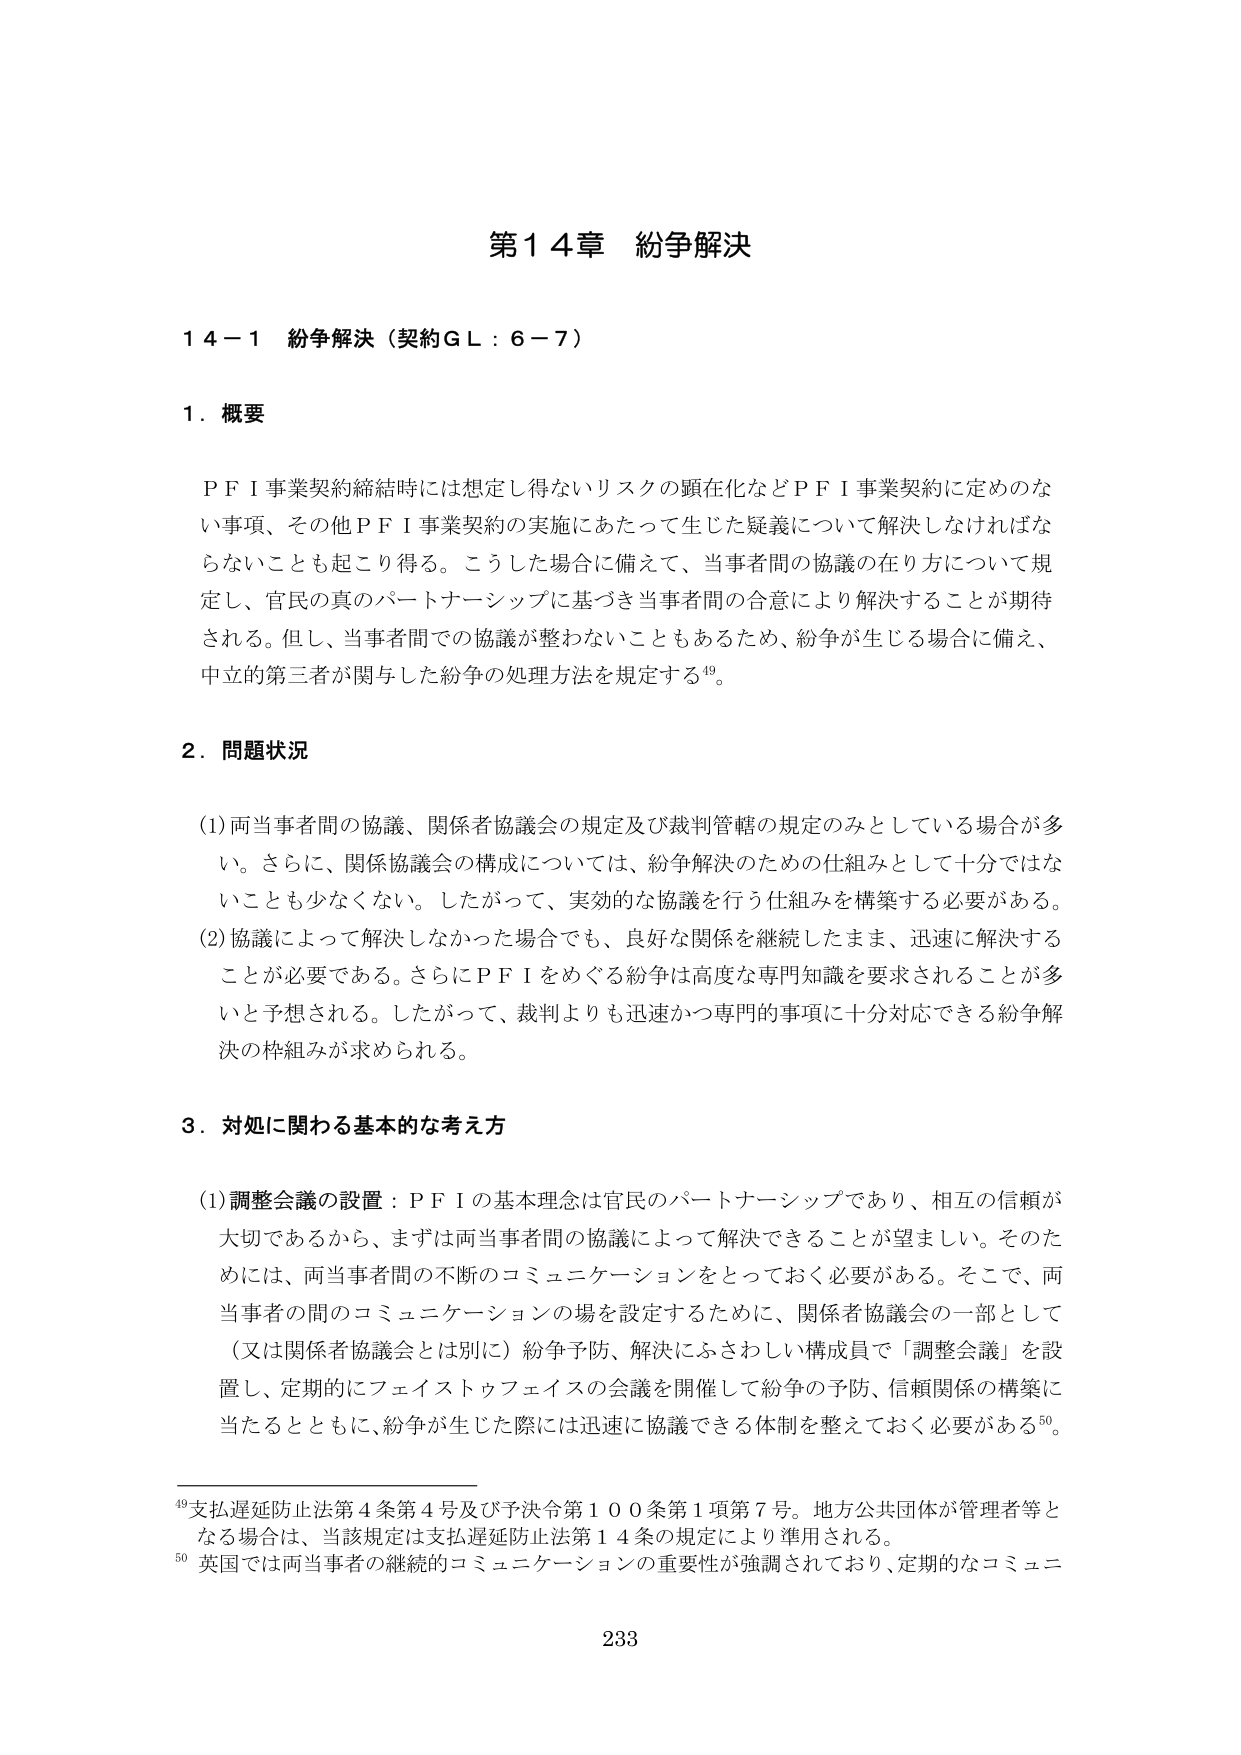
第１４章 紛争解決

１４－１ 紛争解決（契約ＧＬ：６－７）

１．概要

ＰＦＩ事業契約締結時には想定し得ないリスクの顕在化などＰＦＩ事業契約に定めのない事項、その他ＰＦＩ事業契約の実施にあたって生じた疑義について解決しなければならないことも起こり得る。こうした場合に備えて、当事者間の協議の在り方について規定し、官民の真のパートナーシップに基づき当事者間の合意により解決することが期待される。但し、当事者間での協議が整わないこともあるため、紛争が生じる場合に備え、中立的第三者が関与した紛争の処理方法を規定する⁴⁹。

２．問題状況

(1) 両当事者間の協議、関係者協議会の規定及び裁判管轄の規定のみとしている場合が多い。さらに、関係協議会の構成については、紛争解決のための仕組みとして十分ではないことも少なくない。したがって、実効的な協議を行う仕組みを構築する必要がある。

(2) 協議によって解決しなかった場合でも、良好な関係を継続したまま、迅速に解決することが必要である。さらにＰＦＩをめぐる紛争は高度な専門知識を要求されることが多 いと予想される。したがって、裁判よりも迅速かつ専門的事項に十分対応できる紛争解決の枠組みが求められる。

３．対処に関わる基本的な考え方

(1) 調整会議の設置：ＰＦＩの基本理念は官民のパートナーシップであり、相互の信頼が大切であるから、まずは両当事者間の協議によって解決できることが望ましい。そのためには、両当事者間の不断のコミュニケーションをとっておく必要がある。そこで、両当事者間のコミュニケーションの場を設定するために、関係者協議会の一部として（又は関係者協議会とは別に）紛争予防、解決にふさわしい構成員で「調整会議」を設置し、定期的にフェイストゥフェイスの会議を開催して紛争の予防、信頼関係の構築に当たるとともに、紛争が生じた際には迅速に協議できる体制を整えておく必要がある⁵⁰。

⁴⁹ 支払遅延防止法第４条第４号及び予決令第１００条第１項第７号。地方公共団体が管理者等となる場合は、当該規定は支払遅延防止法第１４条の規定により準用される。

⁵⁰ 英国では両当事者の継続的コミュニケーションの重要性が強調されており、定期的なコミュニ

233